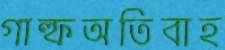
গাল্ফঅতিবাহ